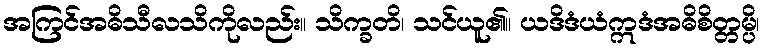
အကြင်အဓိသီလသိကိုလည်း။ သိက္ခတိ၊ သင်ယူ၏။ ယဒိဒံယံဣဒံအဓိစိတ္တမ္ပိ၊